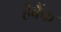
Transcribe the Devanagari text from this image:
हैबैंक